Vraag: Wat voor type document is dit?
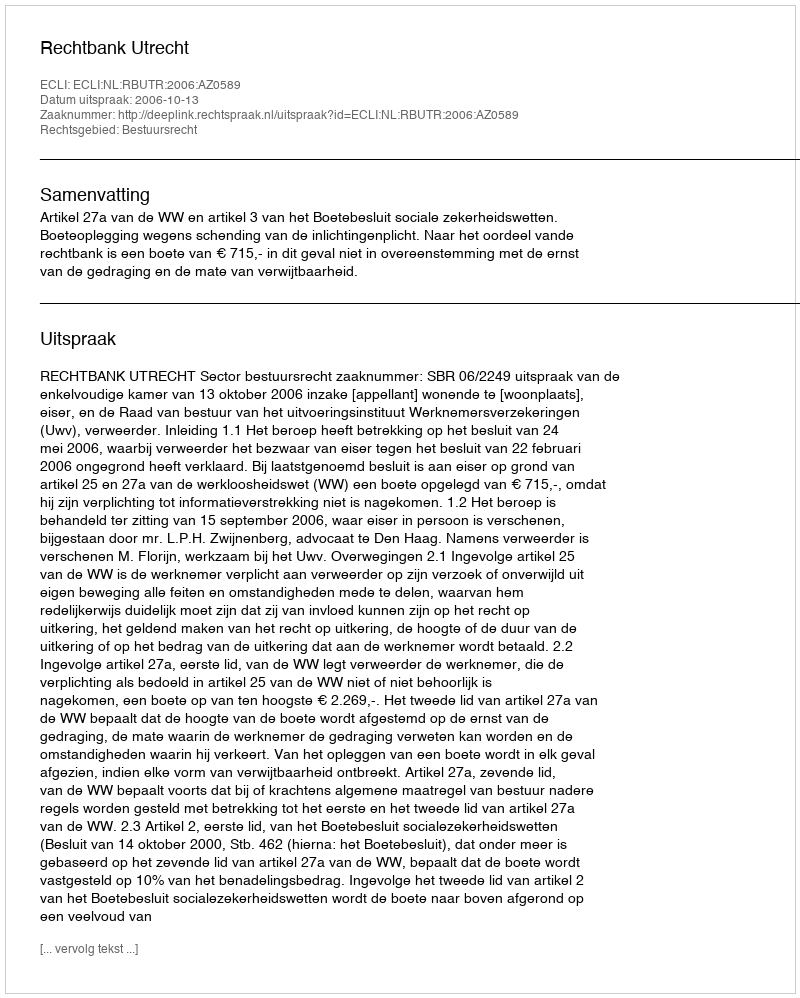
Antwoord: Uitspraak